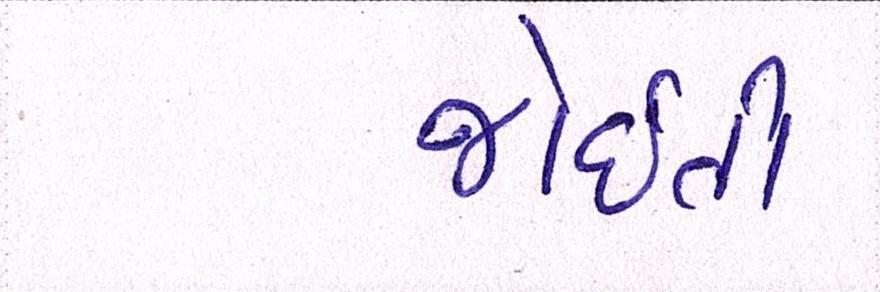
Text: જોઈતી